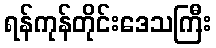
ရန်ကုန်တိုင်းဒေသကြီး